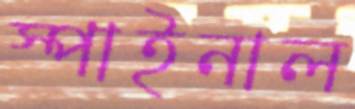
স্পাইনাল